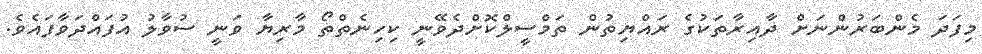
މިފަދަ މެންބަރުންނަށް ދާއިރާތަކުގެ ރައްޔިތުން ތަމްސީލްކޮށްދެވޭނީ ކިހިނެތްތޯ މާރިޔާ ވަނީ ސުވާލު އުފައްދަވާފައެވެ.